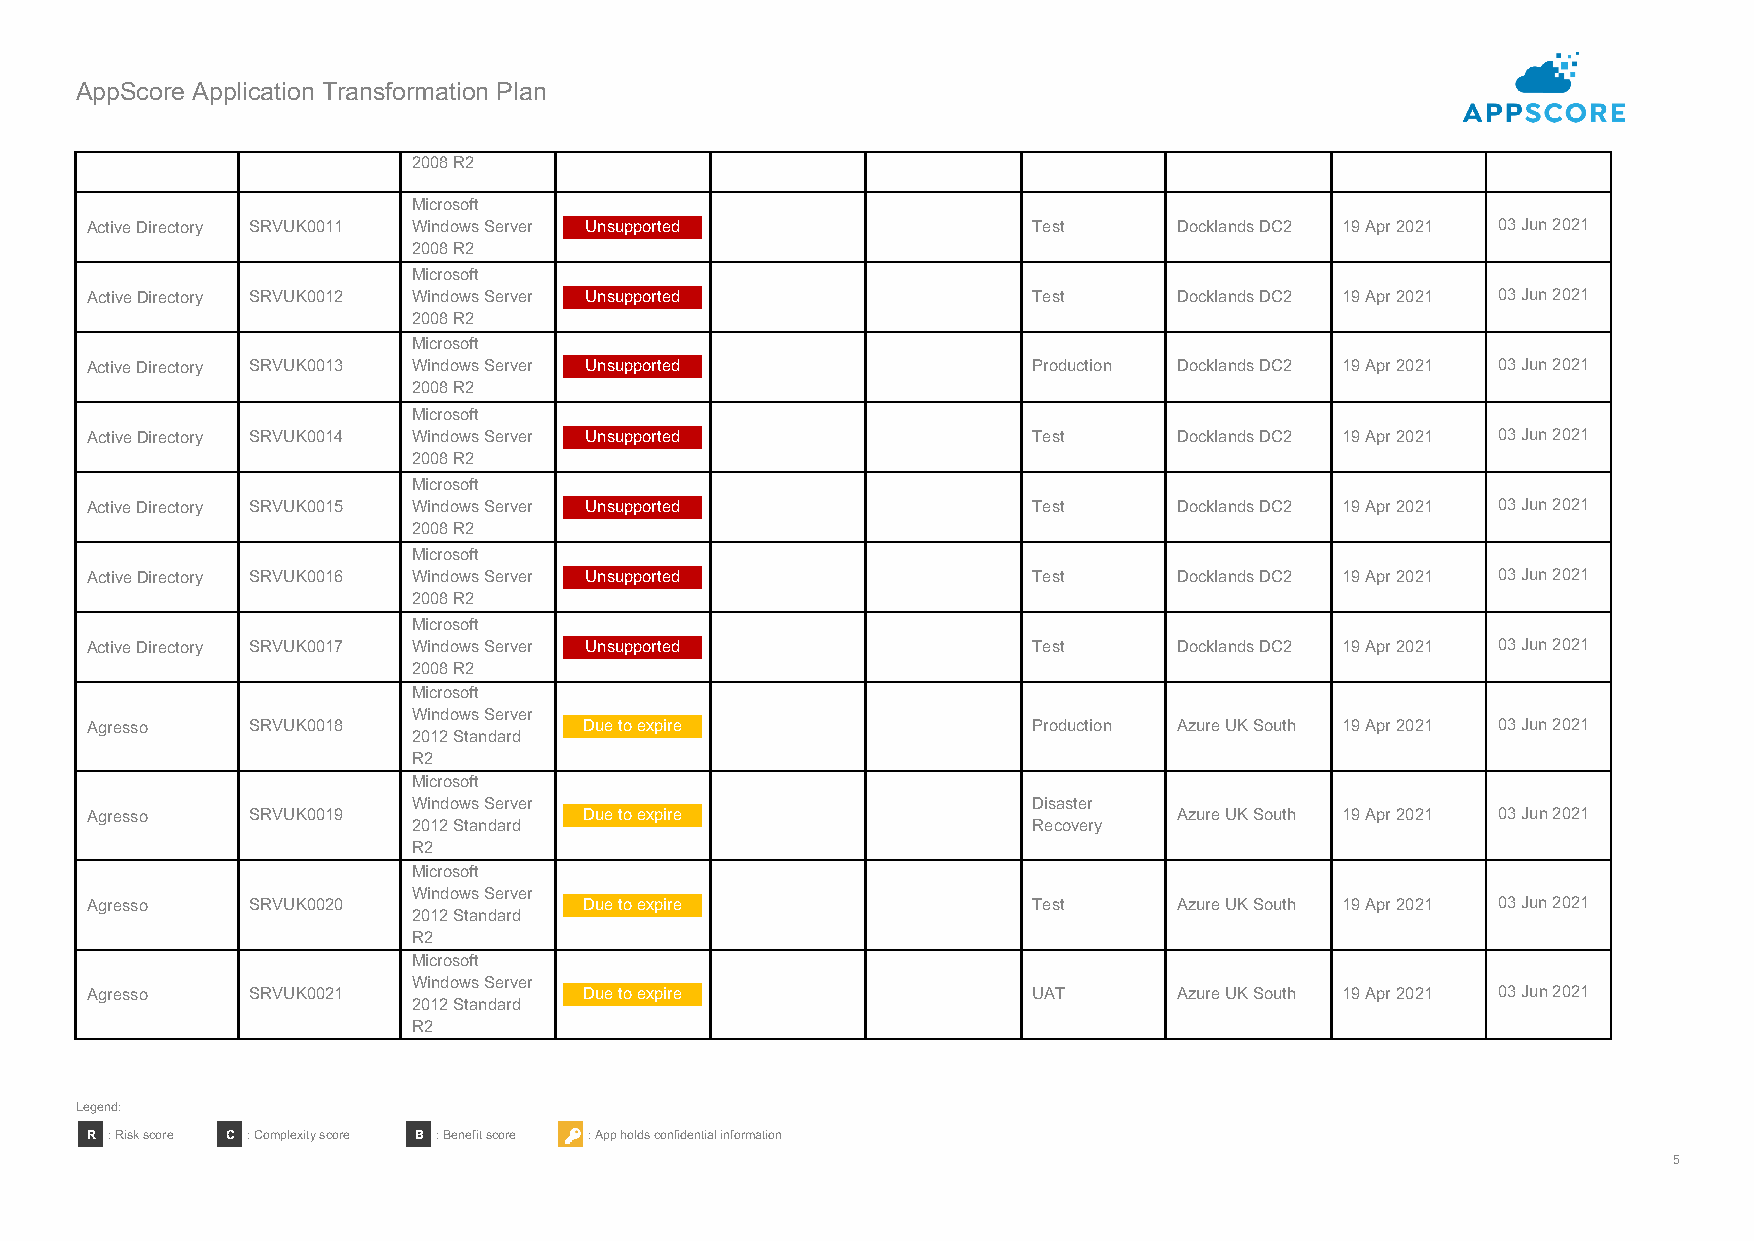
AppScore Application Transformation Plan
 2008 R2
 Microsoft
 Active Directory SRVUK0011 Windows Server Unsupported         Test      Docklands DC2 19 Apr 2021 03 Jun 2021
 2008 R2
 Microsoft
 Active Directory SRVUK0012 Windows Server Unsupported         Test      Docklands DC2 19 Apr 2021 03 Jun 2021
 2008 R2
 Microsoft
 Active Directory SRVUK0013 Windows Server Unsupported         Production Docklands DC2 19 Apr 2021 03 Jun 2021
 2008 R2
 Microsoft
 Active Directory SRVUK0014 Windows Server Unsupported         Test      Docklands DC2 19 Apr 2021 03 Jun 2021
 2008 R2
 Microsoft
 Active Directory SRVUK0015 Windows Server Unsupported         Test      Docklands DC2 19 Apr 2021 03 Jun 2021
 2008 R2
 Microsoft
 Active Directory SRVUK0016 Windows Server Unsupported         Test      Docklands DC2 19 Apr 2021 03 Jun 2021
 2008 R2
 Microsoft
 Active Directory SRVUK0017 Windows Server Unsupported         Test      Docklands DC2 19 Apr 2021 03 Jun 2021
 2008 R2
 Microsoft
 Windows Server
 Agresso   SRVUK0018              Due to expire                Production Azure UK South 19 Apr 2021 03 Jun 2021
 2012 Standard
 R2
 Microsoft
 Windows Server                           Disaster
 Agresso   SRVUK0019              Due to expire                          Azure UK South 19 Apr 2021 03 Jun 2021
 2012 Standard                            Recovery
 R2
 Microsoft
 Windows Server
 Agresso   SRVUK0020              Due to expire                Test      Azure UK South 19 Apr 2021 03 Jun 2021
 2012 Standard
 R2
 Microsoft
 Windows Server
 Agresso   SRVUK0021              Due to expire                UAT       Azure UK South 19 Apr 2021 03 Jun 2021
 2012 Standard
 R2
 Legend:
 R : Risk score C : Complexity score B : Benefit score : App holds confidential information
 5